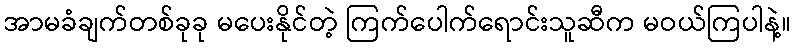
အာမခံချက်တစ်ခုခု မပေးနိုင်တဲ့ ကြက်ပေါက်ရောင်းသူဆီက မဝယ်ကြပါနဲ့။